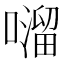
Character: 𫬂